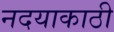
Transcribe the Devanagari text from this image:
नदयाकाठी